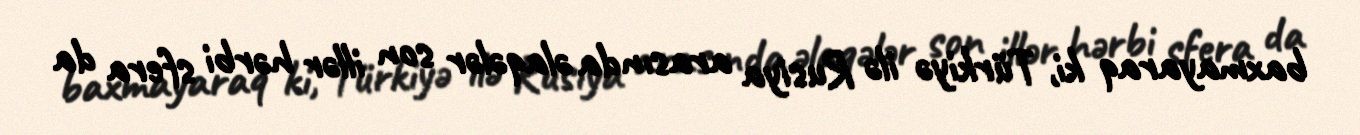
baxmayaraq ki, Türkiyə ilə Rusiya arasında əlaqələr son illər hərbi sfera da